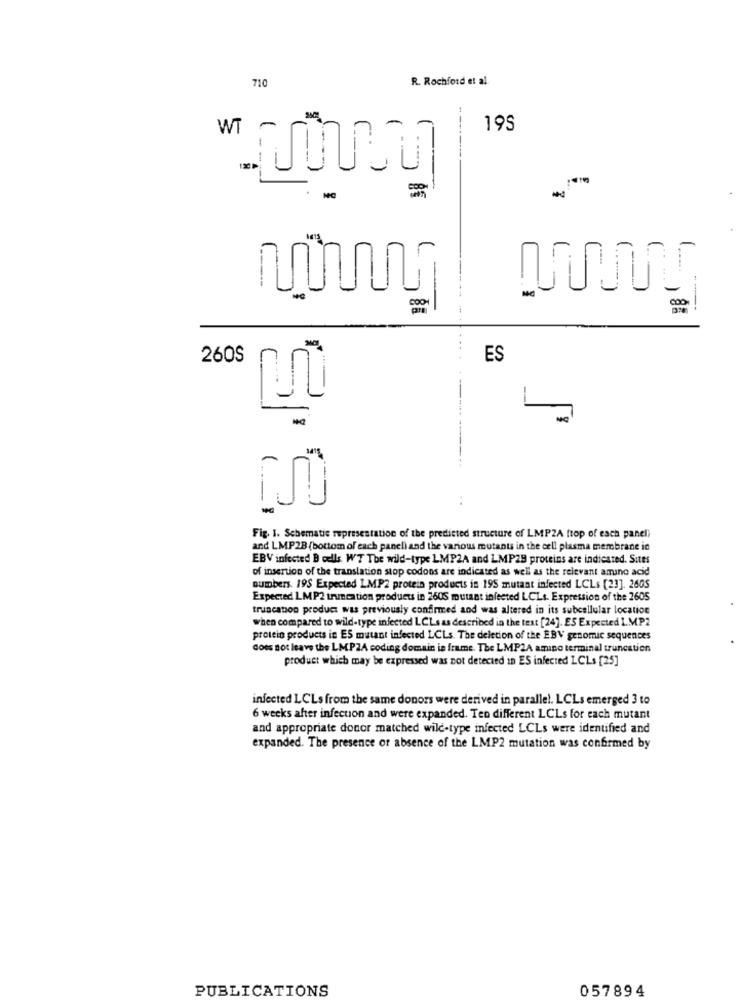
R. Rochford et al.
710
WT
195
-
---
---
8€
NC
---
-
260S
ES
Fig. 1. Schematic representation of the predicted structure of LMPZA ftop of each panel)
and LMP28 (bottom of each panel) and the various mutants in the cell plasma membrane ic
EBV infected B cells WT The wild-type LMP2A and LMP29 proteins are indicated. Sites
of insertion of the translation stop codons are indicated as well as the relevant amino acid
numbers. 195 Expected LMP2 protein products in 195 mutant infected LCLs [23]. 2605
Expected LMP2 inmention products in 260S mutant infected LCLs. Expression of the 2605
truncation product was previously confirmed and was altered in its subcellular location
when compared to wild-type infected LCLs as described in the text [24]. ES Expected I.MP2
protein products in ES mutant infected LCLs. The deletion of the EBV genomic sequences
does not leave the LMPZA coding domain is frame. The LMP2A amino terminal truncation
product which may be expressed was not detected In ES infected LCLs [25]
infected LCLs from the same donors were derived in parallel. LCLs emerged 3 to
6 weeks after infection and were expanded. Ten different LCLs for each mutant
and appropriate donor matched wild-type infected LCLs were identified and
expanded. The presence or absence of the LMP2 mutation was confirmed by
PUBLICATIONS
057894